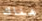
هناك